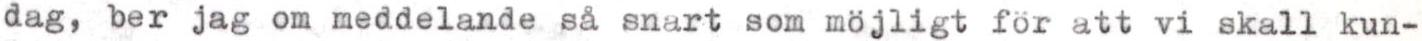
dag, ber jag om meddelande så snart som möjligt för att vi skall kun-